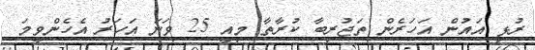
ރުޅި އައުން އަހަރެން ތަޖުރިބާ ކުރާތާ މިއީ 25 ވަނަ އަހަރު އެހެންވީމަ